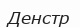
Денстр